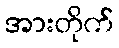
အားတိုက်